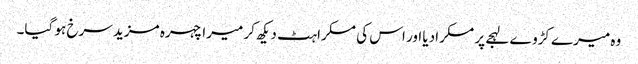
وہ میرے کڑوے لہجے پر مسکرادیا اور اس کی مسکراہٹ دیکھ کر میرا چہرہ مزید سرخ ہو گیا۔